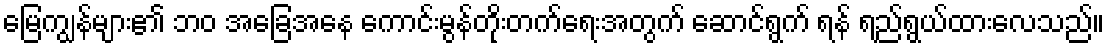
မြေကျွန်များ၏ ဘဝ အခြေအနေ ကောင်းမွန်တိုးတက်ရေးအတွက် ဆောင်ရွက် ရန် ရည်ရွယ်ထားလေသည်။